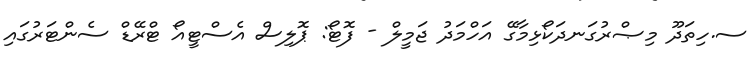
ސ.ހިތަދޫ މިޞްރުގަނދަކޯޅިމާގޭ އަހްމަދު ޖަމީލް - ފޮޓޯ: ޕޮލިސް އެސްޓީއޯ ޓްރޭޑް ސެންޓަރުގައި